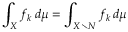
\int _ { X } f _ { k } \, d \mu = \int _ { X \setminus N } f _ { k } \, d \mu